Scottish Leaving Certificate Examination, 1961
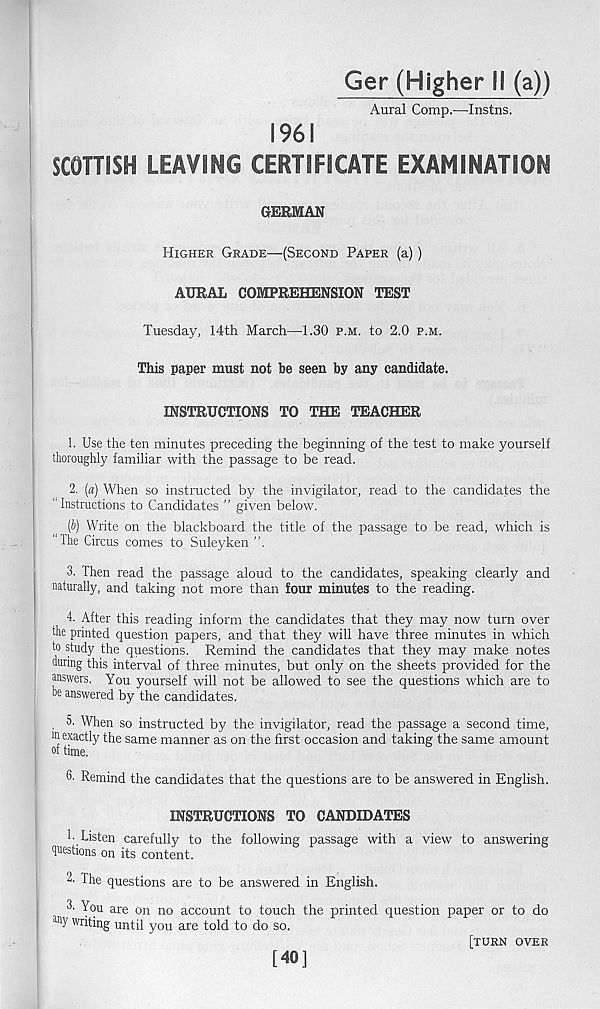
Ger (Higher 11 (a))
Aural Comp.—Instns.
1961
SCOTTISH LEAVING CERTIFICATE EXAMINATION
GERMAN
Higher Grade—(Second Paper (a) )
AURAL COMPREHENSION TEST
Tuesday, 14th March—1.30 p.m. to 2.0 p.m.
This paper must not be seen by any candidate.
INSTRUCTIONS TO THE TEACHER
1. Use the ten minutes preceding the beginning of the test to make yourself
thoroughly familiar with the passage to be read.
2. (a) When so instructed by the invigilator, read to the candidates the
“ Instructions to Candidates ’’ given below.
(b) Write on the blackboard the title of the passage to be read, which is
"The Circus comes to Suleyken
3. Then read the passage aloud to the candidates, speaking clearly and
naturally, and taking not more than four minutes to the reading.
4. After this reading inform the candidates that they may now turn over
the printed question papers, and that they will have three minutes in which
to study the questions. Remind the candidates that they may make notes
during this interval of three minutes, but only on the sheets provided for the
answers. You yourself will not be allowed to see the questions which are to
be answered by the candidates.
, b. When so instructed by the invigilator, read the passage a second time,
in exactly the same manner as on the first occasion and taking the same amount
of time.
6. Remind the candidates that the questions are to be answered in English.
INSTRUCTIONS TO CANDIDATES
1' Listen carefully to the following passage with a view to answering
questions on its content.
2. The questions are to be answered in English.
3. You are on no account to touch the printed question paper or to do
a U}' writing until you are told to do so.
[turn over
[40]